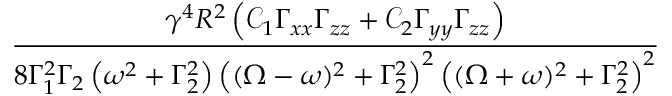
\frac { \gamma ^ { 4 } R ^ { 2 } \left( \mathcal C _ { 1 } \Gamma _ { x x } \Gamma _ { z z } + \mathcal C _ { 2 } \Gamma _ { y y } \Gamma _ { z z } \right) } { 8 \Gamma _ { 1 } ^ { 2 } \Gamma _ { 2 } \left( \omega ^ { 2 } + \Gamma _ { 2 } ^ { 2 } \right) \left( ( \Omega - \omega ) ^ { 2 } + \Gamma _ { 2 } ^ { 2 } \right) ^ { 2 } \left( ( \Omega + \omega ) ^ { 2 } + \Gamma _ { 2 } ^ { 2 } \right) ^ { 2 } }